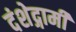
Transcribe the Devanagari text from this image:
दंशेद्गामी